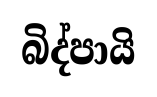
බිද්පායි